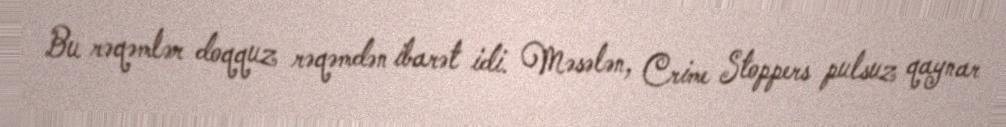
Bu rəqəmlər doqquz rəqəmdən ibarət idi. Məsələn, Crime Stoppers pulsuz qaynar